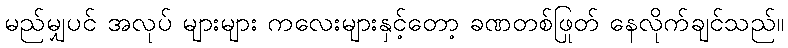
မည်မျှပင် အလုပ် များများ ကလေးများနှင့်တော့ ခဏတစ်ဖြုတ် နေလိုက်ချင်သည်။